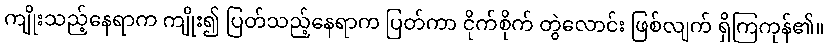
ကျိုးသည့်နေရာက ကျိုး၍ ပြတ်သည့်နေရာက ပြတ်ကာ ငိုက်စိုက် တွဲလောင်း ဖြစ်လျက် ရှိကြကုန်၏။